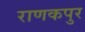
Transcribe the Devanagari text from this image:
राणकपुर